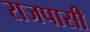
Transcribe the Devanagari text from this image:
राजपासी